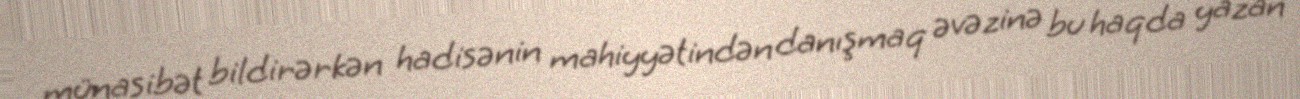
münasibət bildirərkən hadisənin mahiyyətindən danışmaq əvəzinə bu haqda yazan